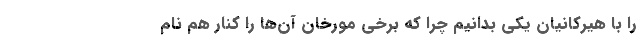
را با هیرکانیان یکی بدانیم چرا که برخی مورخان آن‌ها را کنار هم نام